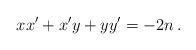
LaTeX: \begin{align*}xx'+x'y+yy'=-2n\,.\end{align*}